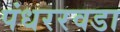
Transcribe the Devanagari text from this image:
पंधररवडा